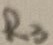
Text: R3